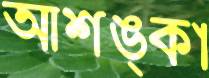
আশঙ্কা